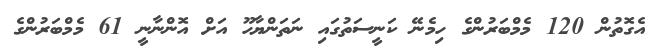
އެގޮތުން 120 މެމްބަރުންގެ ހިމެނޭ ކަނީސަތުގައި ނަތަންޔާހޫ އަށް އޮންނާނީ 61 މެމްބަރުންގެ